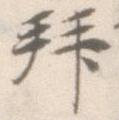
拝